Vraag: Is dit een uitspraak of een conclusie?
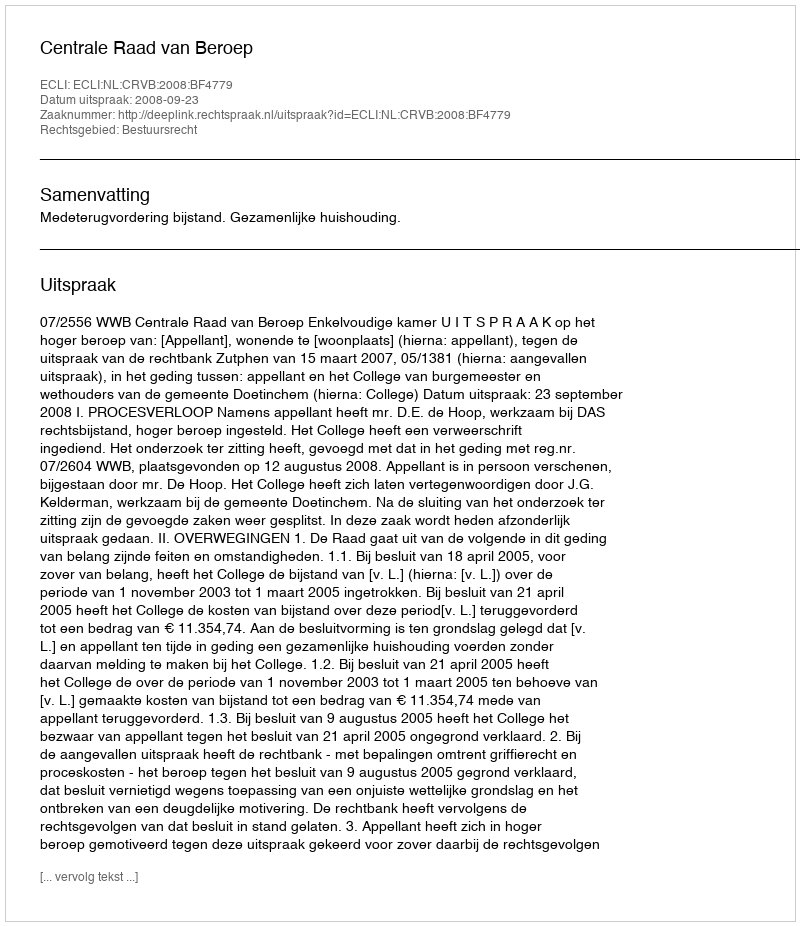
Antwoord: Uitspraak